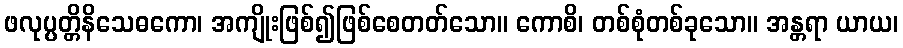
ဖလုပ္ပတ္တိနိသေဓကော၊ အကျိုးဖြစ်၍ဖြစ်စေတတ်သော။ ကောစိ၊ တစ်စုံတစ်ခုသော။ အန္တရာ ယာယ၊